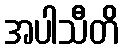
အပါသီတိ